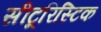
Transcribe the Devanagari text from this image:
सीटूरिस्टिक